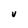
Character: V